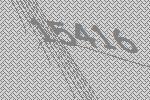
15416